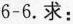
6-6.求：